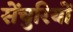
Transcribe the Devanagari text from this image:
सेंचुरियों